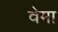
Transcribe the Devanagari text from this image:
वेमा